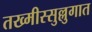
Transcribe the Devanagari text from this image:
तख्मीस्सुल्लुगात